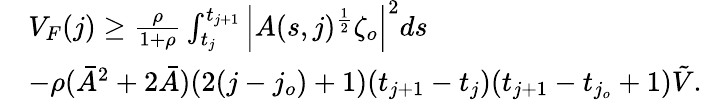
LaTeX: \begin{array}{rl}&{V_{F}(j)\geq\frac{\rho}{1+\rho}\int_{t_{j}}^{t_{j+1}}\Big|A(s,j)^{\frac{1}{2}}\zeta_{o}\Big|^{2}ds}\\ &{-\rho(\bar{A}^{2}+2\bar{A})(2(j-j_{o})+1)(t_{j+1}-t_{j})(t_{j+1}-t_{j_{o}}+1)\tilde{V}.}\end{array}